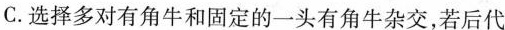
C.选择多对有角牛和固定的一头有角牛杂交，若后代